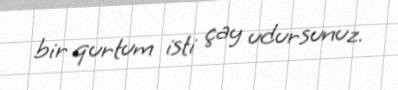
bir qurtum isti çay udursunuz.